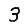
Digit: 3